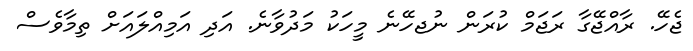
ޖެހޭ. ރާއްޖޭގާ ރަޖަމް ކުރަން ނުޖހޭނެ މީހަކު މަދުވާނެ. އަދި އަމިއްލައަށް ތިމާވެސް